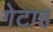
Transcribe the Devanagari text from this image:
गेटाह